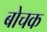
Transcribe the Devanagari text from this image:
बोचक